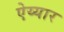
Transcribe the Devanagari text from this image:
ऐय्यार